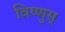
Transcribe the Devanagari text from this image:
विष्णुस्